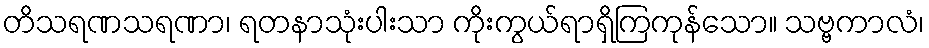
တိသရဏသရဏာ၊ ရတနာသုံးပါးသာ ကိုးကွယ်ရာရှိကြကုန်သော။ သဗ္ဗကာလံ၊